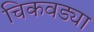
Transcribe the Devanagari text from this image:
चिकवड्या